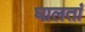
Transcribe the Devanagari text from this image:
घालतां